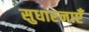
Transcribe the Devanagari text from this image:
सुधारनाएँ